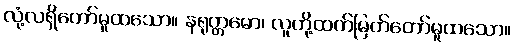
လုံ့လရှိတော်မူထသော။ နရုတ္တမော၊ လူတို့ထက်မြတ်တော်မူထသော။